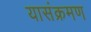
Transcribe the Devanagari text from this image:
यासंक्रमण